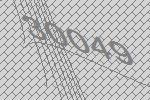
30049